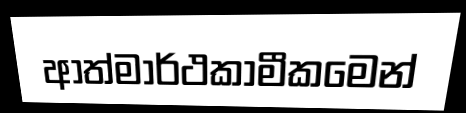
ආත්මාර්ථකාමීකමෙන්